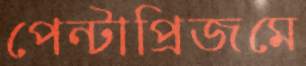
পেন্টাপ্রিজমে